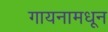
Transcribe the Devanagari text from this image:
गायनामधून